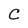
Character: C